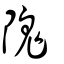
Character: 隗